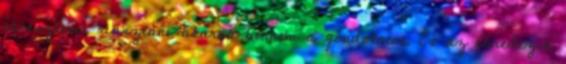
ébreszteni, riasztani akarná bennem a gondolatot. És az ébredezik